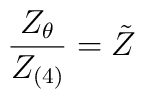
\frac{Z_\theta}{Z_{(4)}} = \tilde{Z}